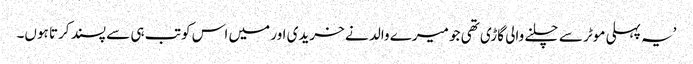
’یہ پہلی موٹر سے چلنے والی گاڑی تھی جو میرے والد نے خریدی اور میں اس کو تب ہی سے پسند کرتا ہوں۔